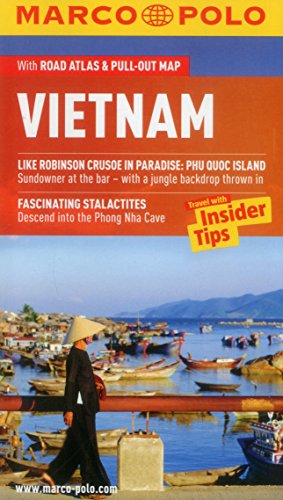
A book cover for Vietnam Marco Polo Guide (Marco Polo Guides); Marco Polo Travel; Travel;